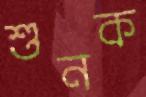
শুনক